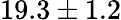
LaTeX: {19.3\pm 1.2}